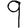
Digit: 9